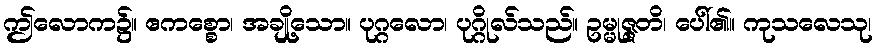
ဤလောက၌။ ဧကစ္စော၊ အချို့သော။ ပုဂ္ဂလော၊ ပုဂ္ဂိုလ်သည်။ ဥမ္မုဇ္ဇတိ၊ ပေါ်၏။ ကုသလေသု၊